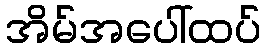
အိမ်အပေါ်ထပ်